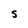
Character: S